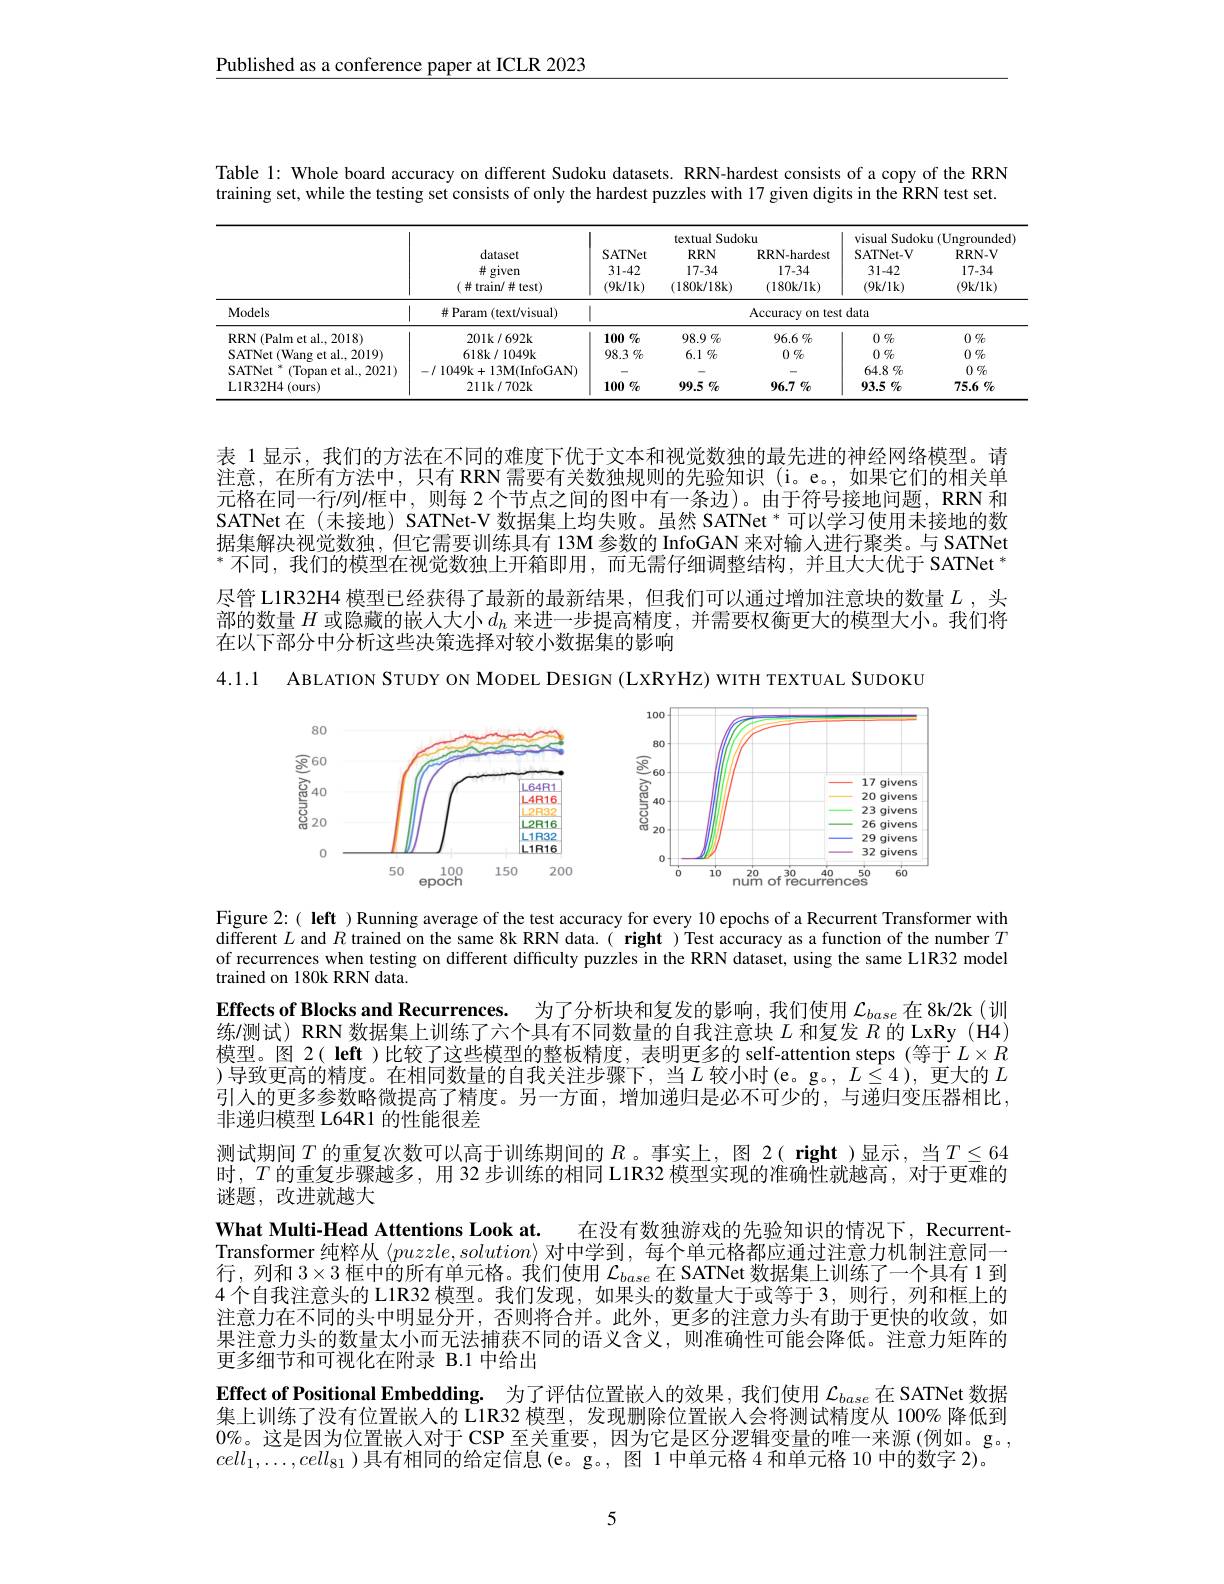
Published as a conference paper at ICLR 2023

Table 1: Whole board accuracy on different Sudoku datasets. RRN-hardest consists of a copy of the RRN training set, while the testing set consists of only the hardest puzzles with 17 given digits in the RRN test set.

<table>
	<tbody>
		<tr>
			<th> </th>
			<th rowspan="2">dataset $\#$ given $(\#$train/并test)</th>
			<th rowspan="2">SATNet 31-42 (9k/lk)</th>
			<th colspan="2">textual Sudoku</th>
			<th colspan="2">visual Sudoku (Ungrounded)</th>
		</tr>
		<tr>
			<th> </th>
			<th>$RRN$ 17-34 $(180k/18k)$</th>
			<th>RRN-hardest 17-34 $(180k/1k)$</th>
			<th>SATNet-V 31-42 (9k/lk)</th>
			<th>$RRN-V$ 17-34 (9k/1k)</th>
		</tr>
		<tr>
			<td>Models</td>
			<td>$\#$ Param (text/visual)</td>
			<td colspan="5">Accuracy on test data 1</td>
		</tr>
		<tr>
			<td>RRN (Palm et al..2018)</td>
			<td>$201k/692k$</td>
			<td>$100\%$</td>
			<td>$98.9\%$</td>
			<td>$96.6\%$</td>
			<td>$0\%$</td>
			<td>$0\%$</td>
		</tr>
		<tr>
			<td>SATNet ( Wang et al.. 2019)</td>
			<td>$618k/1049k$</td>
			<td>$98.3\%$</td>
			<td>$6.1\%$</td>
			<td>$0\%$</td>
			<td>$0\%$</td>
			<td>$0\%$</td>
		</tr>
		<tr>
			<td>SATNet (Topan et al..2021)</td>
			<td>$- / 1049k+ 13M($InfoGAN)</td>
			<td> </td>
			<td> </td>
			<td> </td>
			<td>$64.8\%$</td>
			<td>$0\%$</td>
		</tr>
		<tr>
			<td>L1R32H4(ours)</td>
			<td>$211k/702k$</td>
			<td>$100\%$</td>
			<td>$99.5\%$</td>
			<td>$96.7\%$</td>
			<td>$93.5\%$</td>
			<td>$75.6\%$</td>
		</tr>
	</tbody>
</table>

表 1 显示，我们的方法在不同的难度下优于文本和视觉数独的最先进的神经网络模型。请注意，在所有方法中，只有 RRN 需要有关数独规则的先验知识 (i。e。,如果它们的相关单元格在同一行/列/框中，则每 2 个节点之间的图中有一条边)。由于符号接地问题，RRN 和SATNet 在 (末接地) SATNet-V 数据集上均失败。虽然 SATNet * 可以学习使用未接地的数据集解决视觉数独，但它需要训练具有 13M 参数的 InfoGAN 来对输入进行聚类。与 SATNet $^*$不同，我们的模型在视觉数独上开箱即用，而无需仔细调整结构，并且大大优于 SATNet * 尽管 L1R32H4 模型已经获得了最新的最新结果，但我们可以通过增加注意块的数量$L$,头部的数量$H$或隐藏的嵌人大小$d_h$来进一步提高精度，并需要权衡更大的模型大小。我们将在以下部分中分析这些决策选择对较小数据集的影响

4.1.1 ABLATION STUDY ON MODEL DESIGN (LXRYHZ) WITH TEXTUAL SUDOKU

<FigureHere>

Figure 2:( left ) Running average of the test accuracy for every 10 epochs of a Recurrent Transformer with different $L$ and $R$ trained on the same 8k RRN data.( right ) Test accuracy as a function of the number $T$ of recurrences when testing on different difficulty puzzles in the RRN dataset, using the same L1R32 model trained on 180k RRN data.

Effects of Blocks and Recurrences. 为了分析块和复发的影响，我们使用$\mathcal{L}_base$在 8k/2k (训练/测试) RRN 数据集上训练了六个具有不同数量的自我注意块$L$和复发$R$的 LxRy (H4) 模型。图 2( left )比较了这些模型的整板精度，表明更多的 self-attention steps (等于$L\times R$ )导致更高的精度。在相同数量的自我关注步骤下，当$L$ 较小时(e。g。$,L\leq4)$, 更大的 $L$ 引入的更多参数略微提高了精度。另一方面，增加递归是必不可少的，与递归变压器相比， 非递归模型 L64R1 的性能很差
测试期间$T$ 的重复次数可以高于训练期间的 $R$。事实上，图 2( right )显示，当$T\leq64$ 时，$T$的重复步骤越多，用 32 步训练的相同 L1R32 模型实现的准确性就越高，对于更难的谜题，改进就越大
What Multi-Head Attentions Look at. 在没有数独游戏的先验知识的情况下，RecurrentTransformer 纯粹从$\langle puzzle,solution\rangle$对中学到，每个单元格都应通过注意力机制注意同一行，列和$3\times3$框中的所有单元格。我们使用$\mathcal{L}_base$在 SATNet 数据集上训练了一个具有 1 到4 个自我注意头的 L1R32 模型。我们发现，如果头的数量大于或等于 3,则行，列和框上的注意力在不同的头中明显分开，否则将合并。此外，更多的注意力头有助于更快的收敛，如果注意力头的数量太小而无法捕获不同的语义含义，则准确性可能会降低。注意力矩阵的更多细节和可视化在附录 B.1 中给出
Effect of Positional Embedding. 为了评估位置嵌人的效果，我们使用$\mathcal{L}_{base}$在 SATNet 数据集上训练了没有位置嵌人的 L1R32 模型，发现删除位置嵌人会将测试精度从 100% 降低到$0\%$。这是因为位置嵌人对于 CSP 至关重要，因为它是区分逻辑变量的唯一来源 (例如。g。, $cell_1,\ldots,cell_{81}$ )具有相同的给定信息(e。g。, 图 1 中单元格 4 和单元格 10 中的数字 2)。

5